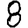
Digit: 8